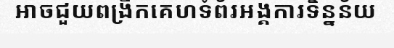
អាចជួយពង្រីកគេហទំព័រអង្គការទិន្នន័យ